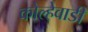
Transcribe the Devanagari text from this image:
कोल्हेवाडी